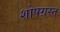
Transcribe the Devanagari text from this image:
शोषग्रस्‍त